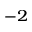
^ { - 2 }